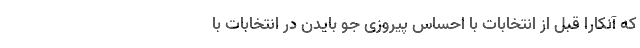
که آنکارا قبل از انتخابات با احساس پیروزی جو بایدن در انتخابات با